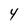
Character: 4